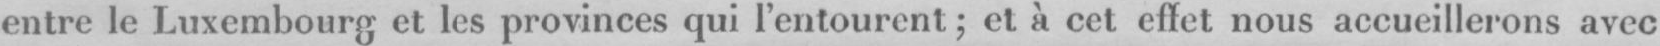
entre le Luxembourg et les provinces qui l’entourent; et à cet effet nous accueillerons avec